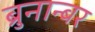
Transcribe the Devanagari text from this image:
ब्रुनान्बर